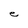
Character: e